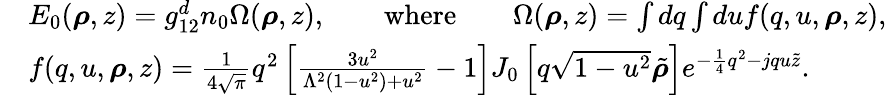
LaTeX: \begin{array}{rl}&{E_{0}(\boldsymbol{\rho},z)=g_{12}^{d}n_{0}\Omega(\boldsymbol{\rho},z),\qquad\mathrm{where}\qquad\Omega(\boldsymbol{\rho},z)=\int dq\int duf(q,u,\boldsymbol{\rho},z),}\\ &{f(q,u,\boldsymbol{\rho},z)=\frac{1}{4\sqrt{\pi}}q^{2}\left[\frac{3u^{2}}{\Lambda^{2}\left(1-u^{2}\right)+u^{2}}-1\right]J_{0}\left[q\sqrt{1-u^{2}}\tilde{\boldsymbol{\rho}}\right]e^{-\frac{1}{4}q^{2}-jqu\tilde{z}}.}\end{array}